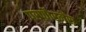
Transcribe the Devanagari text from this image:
परफौरमेंस